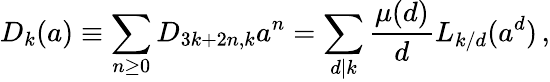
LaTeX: D_{k}(a)\equiv\sum_{n\ge 0}D_{3k+2n,k}a^{n}=\sum_{d|k}\frac{\mu(d)}{d}L_{k/d}(a^{d})\, ,